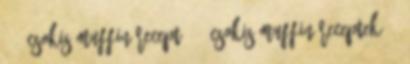
711 csokis muffin recept 163 csokis muffin receptek 98